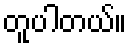
တူပါတယ်။